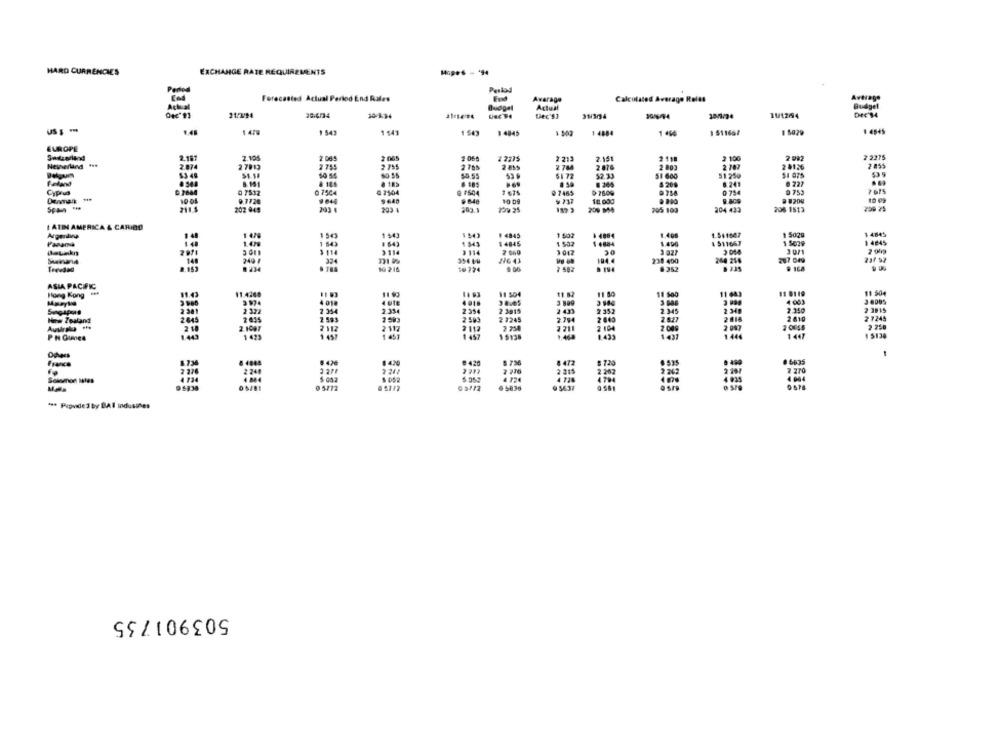
HARD CURRENCIES
EXCHANGE RATE REQUIREMENTS
Mape'S - * 94
Forecasted Actual Period End Rales
Fynd
Calculated Average Roles
Average
Actual
Average
Actual
Budget
21/2/94
26.4/24
10/12/94
DIE'S4
36-1:14
Dec'S]
31/3/94
1470
1 543
1 543
1 543
1 4845
1 4884
1 450
1 511667
1 5029
EUROPE
Switzerland
2.195
2 08
22275
2 213
2.151
211
3 100
2 2275
27013
2 705
2 78
2 876
2 800
2 107
24136
2855
2.874
52.33
51 600
51 250
@ 183
. 185
8 364
# 227
4 209
6.241
7 615
Cyplug
0 7532
075C4
0 7504
@ 7465
D 7609
0 754
§ 753
$ 640
10 09
10.000
9.809
# 8208
202 04
203 4
203 1
729 25
205 109
204 433
206 1513
I ATIN AMERICA & CARIBO
1 543
1543
# 4845
1.408
1.541647
1 5029
1 4845
14845
1.490
1 511667
1 5029
1 4845
1 4884
3 0/1
3 114
2 660
3017
30
3.027
3000
35-4 19
216 43
194.4
238 400
287 049
23/ 92
Treedad
10 216
10 774
4.00
2 582
194
# 352
ASIA PACIFIC
Hong Kong
11 93
11 504
11. 82
11 84
11 643
11 0119
11 504
M.mayke
11 4260
3 899
3 986
4 001
2 354
2 3815
2 433
2 352
2 345
2.350
2 3815
2.334
2610
2 7245
New Zealand
2.593
2 7245
7.754
2.027
2018
2.887
2.250
2 112
2 104
2 009
15138
1.468
1 433
1 437
1 444
1 447
1 5130
Dchecs
1.4.20
8 420
8 736
05112
0 5836
*** Pupvided by BAI Industles
503901735